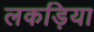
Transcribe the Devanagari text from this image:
लकड़िया